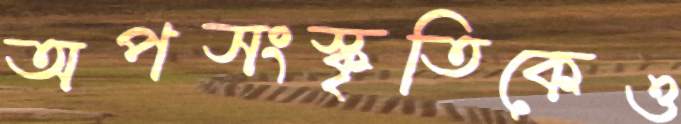
অপসংস্কৃতিকেও